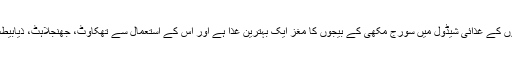
18 مئی2018ء) امریکی ماہرین صحت نے کہا ہے کہ خواتین اور بچوں کے غذائی شیڈول میں سورج مکھی کے بیجوں کا مغز ایک بہترین غذا ہے اور اس کے استعمال سے تھکاوٹ، جھنجلاہٹ، ذیابیطس سے بچائو، دل، پٹھوں اور اعصابی بافتوںمیں توازن برقرار رہتا ہے۔